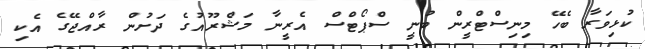
ކުޅިވަރާ ބެހޭ މިނިސްޓްރީން ބުނީ ސްޕޯޓްސް އެރީނާ މަޝްރޫއުގެ ދަށުން ރާއްޖޭގެ އެކި